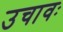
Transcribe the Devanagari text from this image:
उचावः